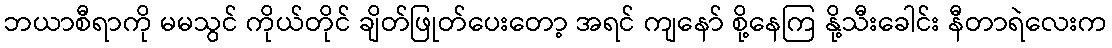
ဘယာစီရာကို မမသွင် ကိုယ်တိုင် ချိတ်ဖြုတ်ပေးတော့ အရင် ကျနော် စို့နေကြ နို့သီးခေါင်း နီတာရဲလေးက